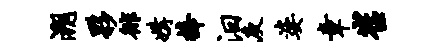
溯夥徘媾捧汨庾婆章崔